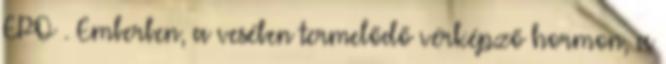
EPO . Emberben, a vesében termelődő vérképző hormon, a